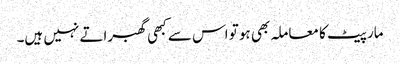
مار پیٹ کا معاملہ بھی ہو تو اس سے کبھی گھبراتے نہیں ہیں۔